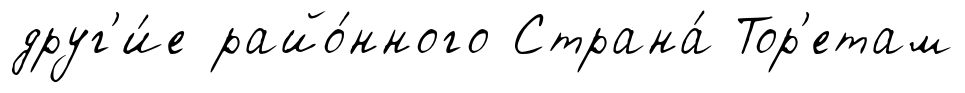
друг'и́е райо́нного Страна́ Тор'етам